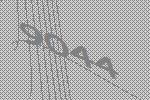
9044